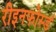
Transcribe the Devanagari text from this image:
रीइनफोर्स्ड